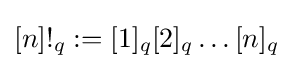
[n]!_{q}:=[1]_{q}[2]_{q}\dots [n]_{q}